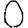
Digit: 0